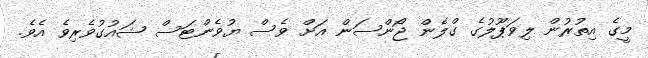
މީގެ އިތުރުން ލިވަޕޫލުގެ ގްލެން ޖޯންސަން އަށް ވެސް ޔުވެންޓަސް ޝައުގުވެރިވެ އެވެ.